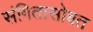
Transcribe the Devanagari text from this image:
संगितासोबत